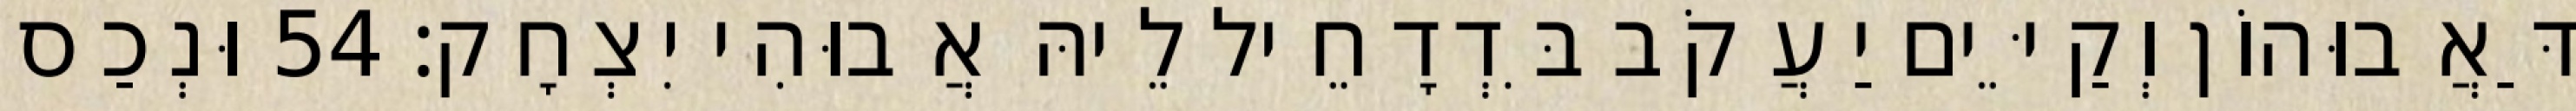
דַּאֲבוּהוֹן וְקַיֵּים יַעֲקֹב בִּדְדָחֵיל לֵיהּ אֲבוּהִי יִצְחָק׃ 54 וּנְכַס